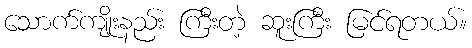
သောက်ကျိုးနည်း ကြီးတဲ့ ဆူးကြီး မြင်ရတယ်။